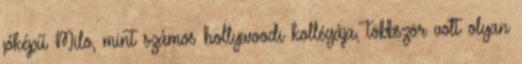
jóképű Milo, mint számos hollywoodi kollégája, többször volt olyan